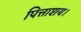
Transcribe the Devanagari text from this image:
पित्ताशय।